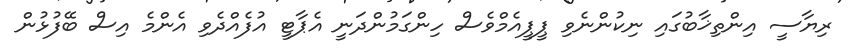
ރިޔާސީ އިންތިޚާބުގައި ނިކުންނެވި ޕީޕީއެމްވެސް ހިންގަމުންދަނީ އެޕާޓީ އުފެއްދެވި އެންމެ އިސް ބޭފުޅުން